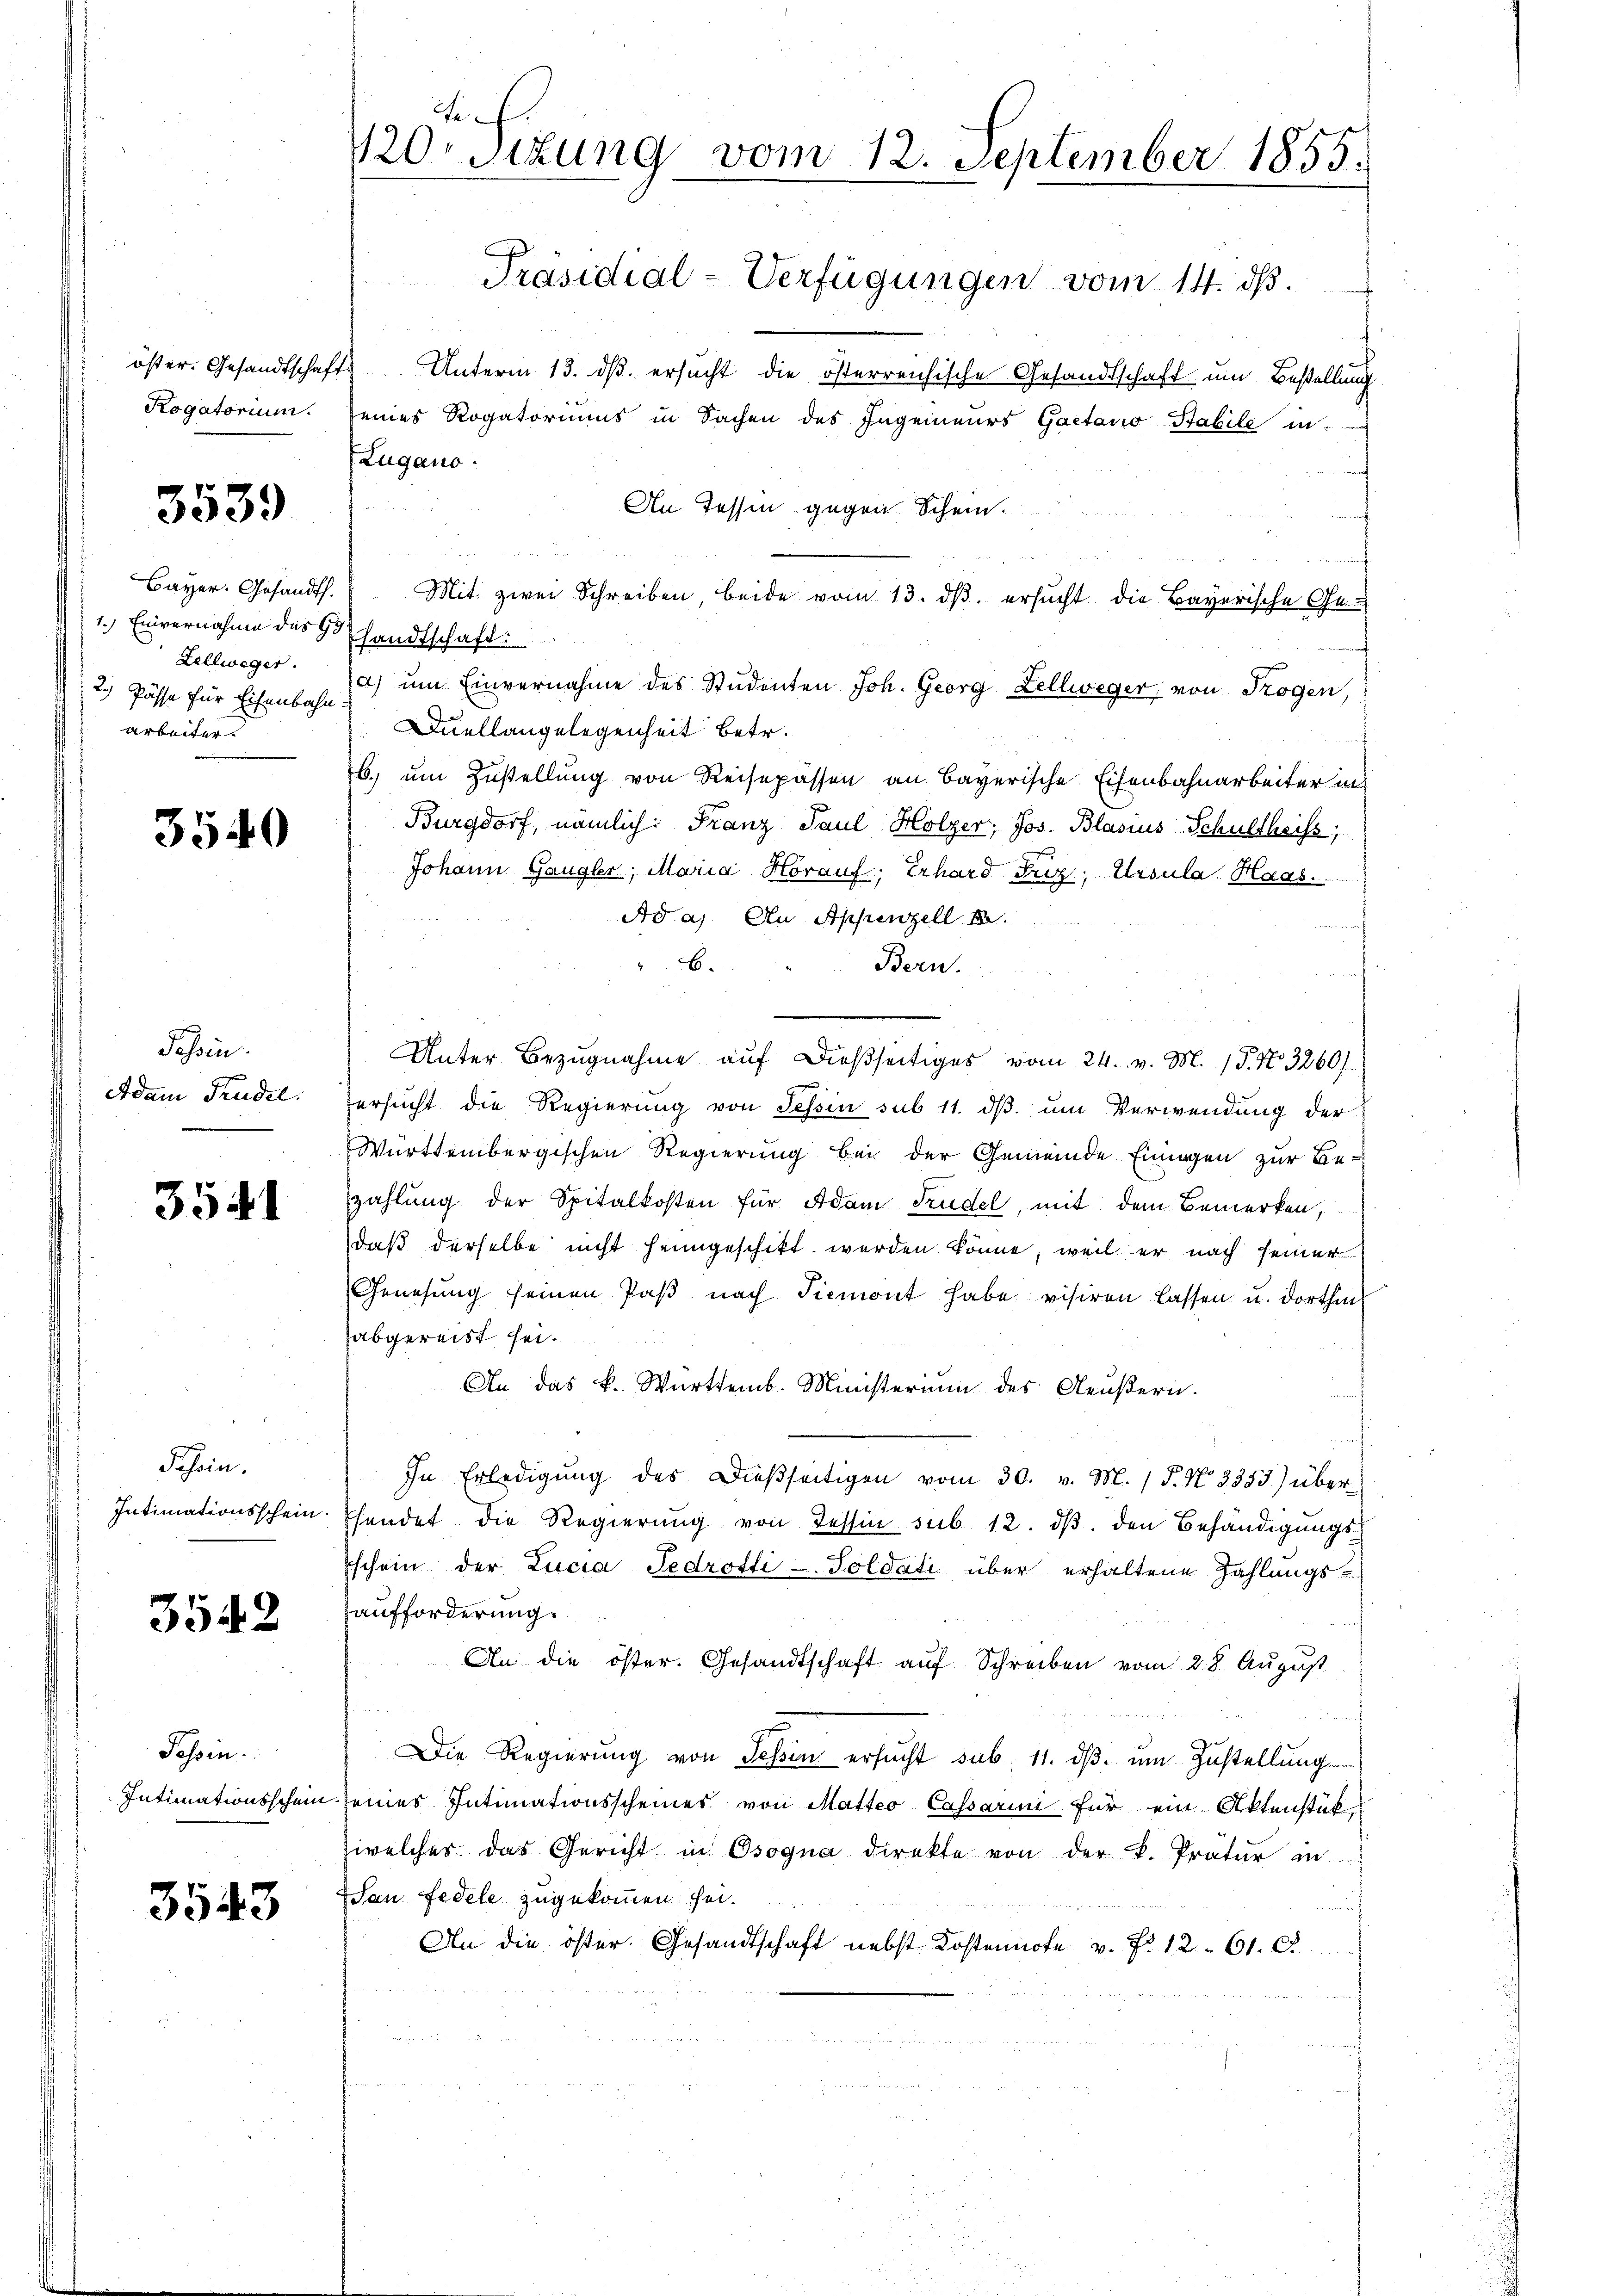
Rogatorium.

3539

Bayer. Gesandth.
1.) Einvernahme des 9. Handtschaft:
Zellweger.
2.) Pässe für Eisenbahnarbeiter.

3540

Tessin.
Adam Trudel.

354

Schein.

3542

Tessin.
Intimationsschein

3543

öster. Gesandtschaft Unterm 13. dβ ersucht die österreichische Gesandtschaft um Bestellung
eines Rogatoriums in Sachen des Ingenieurs Gaetano Stabile in
Zugano.
An Tessin gegen Schein.
) ŭm Einvernahme des Studenten Joh. Georg Zellweger, von Trogen.
Duellangelegenheit betr.
b. um Zustellung von Reisepässen an Bayerische Eisenbahnarbeiter in
Burgdorf, nämlich: Franz Paul Holzer, Jos. Blasius Schultheiss,
Johann Gangler, Maria Horauf; Erhard Frz. Ursula Haas
Ad a. An Appenzell k
B.
Bern.
Unter Bezŭgnahme aŭf dießseitiges vom 24. v. M. (T. No. 3260)
g
ersucht die Regierung von Tessin sub 11. dβ. um Verwendung der
Württembergischen Regierung bei der Gemeinde Einiggen zur Bezahlung der Spitalkosten für Adam Trudel, mit dem Bemerken,
daß derselbe nicht heimgeschikt werden könne, weil er nach seiner
Genesung seinen Paβ nach Siemont habe visiren lassen u. dorthin
abgereist sei.
An das k. Württemb. Ministerium des Aeußern.
In Erledigung des Dießseitigen vom 30. v. M. / 5. No. 3353) über¬
Intimationsschein. Ehendet die Regierŭng von Tessin sub. 12. dβ. den Behändigungsschein der Lucia Fedrotti-Soldati über erhaltene Zahlungsaufforderung.
An die öster. Gesandtschaft auf Schreiben vom 28. August
Die Regierŭng von Sessen ersŭcht sub. 11. dβ ŭm Zŭstellŭng
Deines Intimationsscheines von Matteo Cassarini für ein Aktenstük-
welches das Gericht in Osogna direkte von der k. Prätur in
San Fedele zugekommen sei.
An die öster. Gesandtschaft nebst Kostennote v. P. 12. 61. C.

Se¬
420. Situng vom 12. September 1855.
Präsidial-Verfügungen vom 14. ds.

Mit zwei Schreiben, beide vom 13. ds. ersucht die Bayerische Ge-